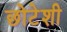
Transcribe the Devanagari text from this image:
छोटेशी